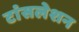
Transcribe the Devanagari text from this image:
टांंसलेशन